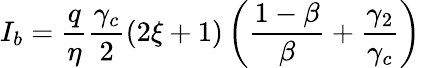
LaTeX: I_{b}=\frac{q}{\eta}\frac{\gamma_{c}}{2}(2\xi+1)\left(\frac{1-\beta}{\beta}+\frac{\gamma_{2}}{\gamma_{c}}\right)